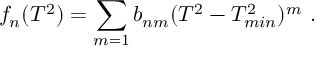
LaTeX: f _ { n } ( T ^ { 2 } ) = \sum _ { m = 1 } b _ { n m } ( T ^ { 2 } - T _ { m i n } ^ { 2 } ) ^ { m } \ .